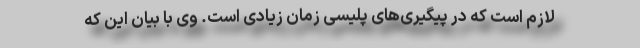
لازم است که در پیگیری‌های پلیسی زمان زیادی است. وی با بیان این که